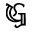
\mathfrak { G }